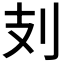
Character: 𠚽